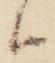
ハ